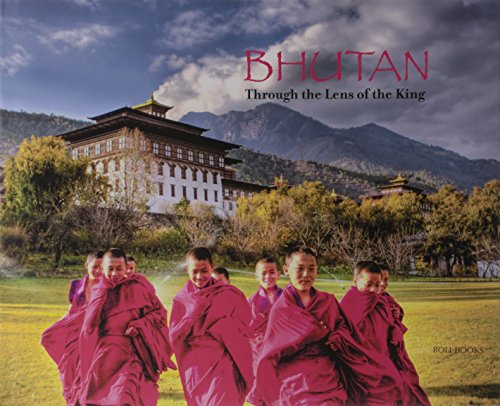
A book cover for Bhutan: Through the Lens of the King; Pavan K Varma and Malvika Singh; Travel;